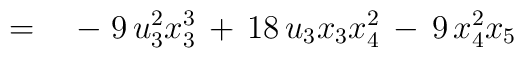
\qquad\qquad = \quad -\; 9\,u_3^2x_3^3 \,+\,                        18\,u_3x_3x_4^2 \,-\, 9\,x_4^2x_5